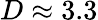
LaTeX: D\approx 3.3